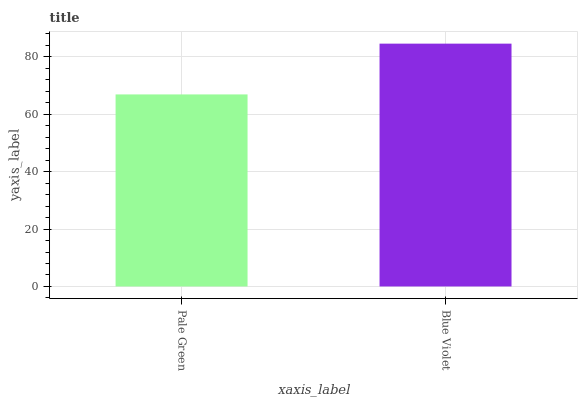
| xaxis_label | bars |
 | --- | --- |
 | Pale Green | 66.9 |
 | Blue Violet | 84.6 |